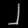
Digit: ၂